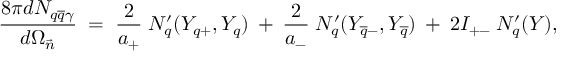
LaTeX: \frac { 8 \pi d N _ { q \overline { { { q } } } \gamma } } { d \Omega _ { \vec { n } } } \; = \; \frac { 2 } { a _ { + } } \; N _ { q } ^ { \prime } ( Y _ { q + } , Y _ { q } ) \: + \: \frac { 2 } { a _ { - } } \; N _ { q } ^ { \prime } ( Y _ { \overline { { { q } } } - } , Y _ { \overline { { { q } } } } ) \: + \: 2 I _ { + - } \: N _ { q } ^ { \prime } ( Y ) ,